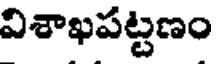
విశాఖపట్టణం